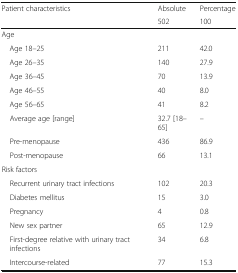
| <ROWSPAN=2> Patient characteristics | Absolute | Percentage |
 | 502 | 100 |
 | --- | --- | --- |
 | <COLSPAN=3> Age |
 | Age 18–25 | 211 | 42.0 |
 | Age 26–35 | 140 | 27.9 |
 | Age 36–45 | 70 | 13.9 |
 | Age 46–55 | 40 | 8.0 |
 | Age 56–65 | 41 | 8.2 |
 | Average age [range] | 32.7 [18–65] | – |
 | Pre-menopause | 436 | 86.9 |
 | Post-menopause | 66 | 13.1 |
 | <COLSPAN=3> Risk factors |
 | Recurrent urinary tract infections | 102 | 20.3 |
 | Diabetes mellitus | 15 | 3.0 |
 | Pregnancy | 4 | 0.8 |
 | New sex partner | 65 | 12.9 |
 | First-degree relative with urinary tract infections | 34 | 6.8 |
 | Intercourse-related | 77 | 15.3 |